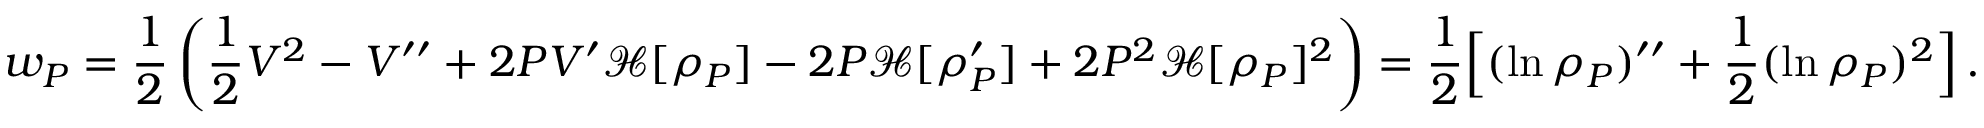
w _ { P } = \frac { 1 } { 2 } \left( \frac { 1 } { 2 } V ^ { 2 } - V ^ { \prime \prime } + 2 P V ^ { \prime } \mathcal { H } [ \rho _ { P } ] - 2 P \mathcal { H } [ \rho _ { P } ^ { \prime } ] + 2 P ^ { 2 } \mathcal { H } [ \rho _ { P } ] ^ { 2 } \right) = \frac { 1 } { 2 } \Big [ ( \ln \rho _ { P } ) ^ { \prime \prime } + \frac { 1 } { 2 } ( \ln \rho _ { P } ) ^ { 2 } \Big ] \, .